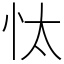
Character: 忲